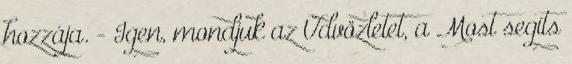
hozzája. - Igen, mondjuk az Üdvözletet, a Most segíts